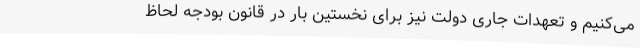
می‌کنیم و تعهدات جاری دولت نیز برای نخستین بار در قانون بودجه لحاظ